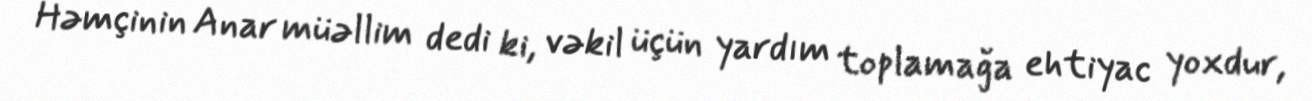
Həmçinin Anar müəllim dedi ki, vəkil üçün yardım toplamağa ehtiyac yoxdur,